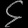
Digit: ၄